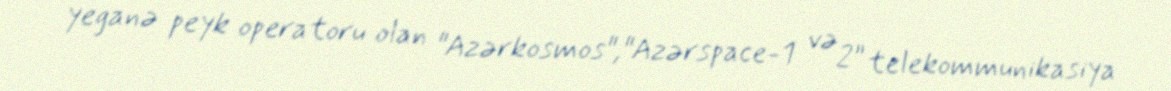
yeganə peyk operatoru olan "Azərkosmos","Azərspace-1 və 2” telekommunikasiya